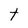
Character: t